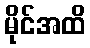
မိုင်အထိ